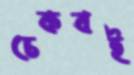
চেকবই